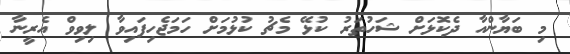
މި ބަޔާންއާ ދެކޮޅަށް ޝަހުތަރު ކުޅޭ މެޗު ކުޅުމަށް ހަމަޖެހިފައިވާ ލިވިވް އެރީނާ